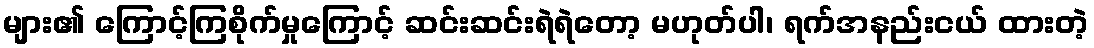
များ၏ ကြောင့်ကြစိုက်မှုကြောင့် ဆင်းဆင်းရဲရဲတော့ မဟုတ်ပါ၊ ရက်အနည်းငယ် ထားတဲ့